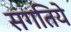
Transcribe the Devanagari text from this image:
संगतिये